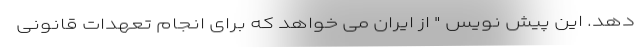
دهد. این پیش نویس " از ایران می خواهد که برای انجام تعهدات قانونی